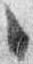
々